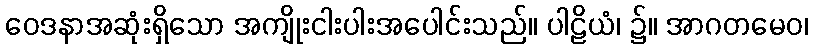
ဝေဒနာအဆုံးရှိသော အကျိုးငါးပါးအပေါင်းသည်။ ပါဠိယံ၊ ၌။ အာဂတမေဝ၊